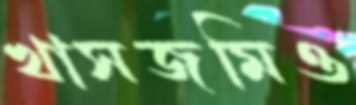
খাসজমিও